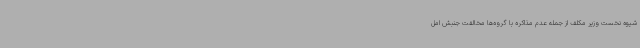
شیوه نخست وزیر مکلف از جمله عدم مذاکره با گروه‌ها مخالفت جنبش امل